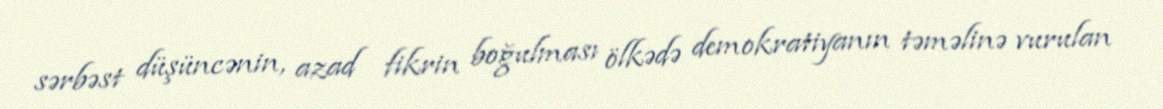
sərbəst düşüncənin, azad fikrin boğulması ölkədə demokratiyanın təməlinə vurulan